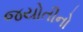
જયોતીનો